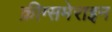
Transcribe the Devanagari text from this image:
क्रीग्समेराइन